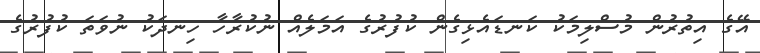
އޭގެ އިތުރުން މުސްލިމަކު ކަނޑައެޅިގެން ކުފުރުގެ އަމަލެއް ނުކުރާހާ ހިނދަކު ނުވަތަ ކުފުރުގެ